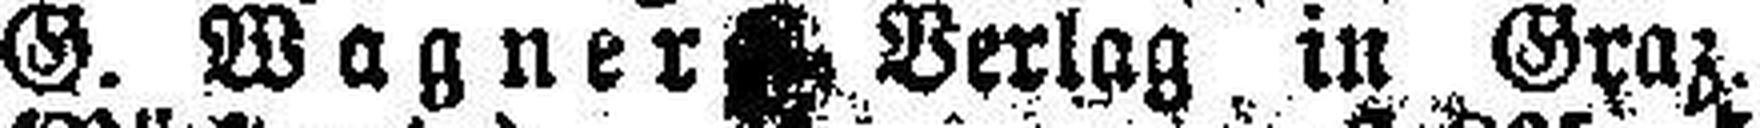
G. Wagner Verlag in Graz